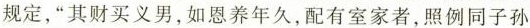
规定，”其财买义男，如恩养年久，配有室家者，照例同子孙